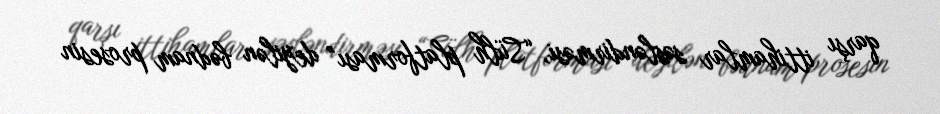
qarşı ittihamlar səsləndirməsi, “Sülh platforması” deyilən bədnam prosesin